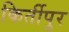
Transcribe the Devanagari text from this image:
किर्तीपुर